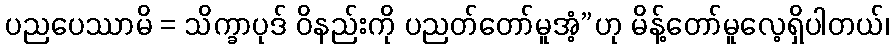
ပညပေဿာမိ = သိက္ခာပုဒ် ဝိနည်းကို ပညတ်တော်မူအံ့”ဟု မိန့်တော်မူလေ့ရှိပါတယ်၊